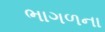
ભાગળના